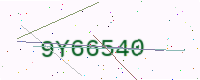
Text: 9Y66540